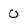
Character: 0